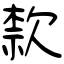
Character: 歀